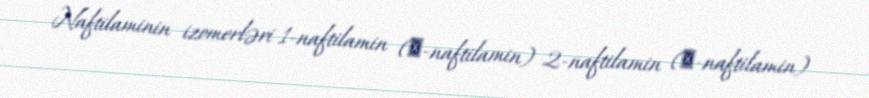
Naftilaminin izomerləri 1-naftilamin (∝-naftilamin) 2-naftilamin (β-naftilamin)